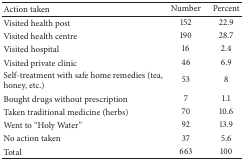
| Action taken | Number | Percent |
 | --- | --- | --- |
 | Visited health post | 152 | 22.9 |
 | Visited health centre | 190 | 28.7 |
 | Visited hospital | 16 | 2.4 |
 | Visited private clinic | 46 | 6.9 |
 | Self-treatment with safe home remedies (tea, honey, etc.) | 53 | 8 |
 | Bought drugs without prescription | 7 | 1.1 |
 | Taken traditional medicine (herbs) | 70 | 10.6 |
 | Went to “Holy Water” | 92 | 13.9 |
 | No action taken | 37 | 5.6 |
 | Total | 663 | 100 |